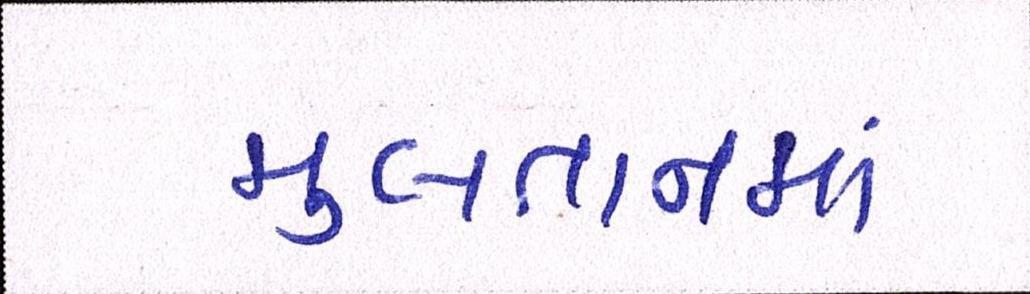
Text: મુલતાનમાં